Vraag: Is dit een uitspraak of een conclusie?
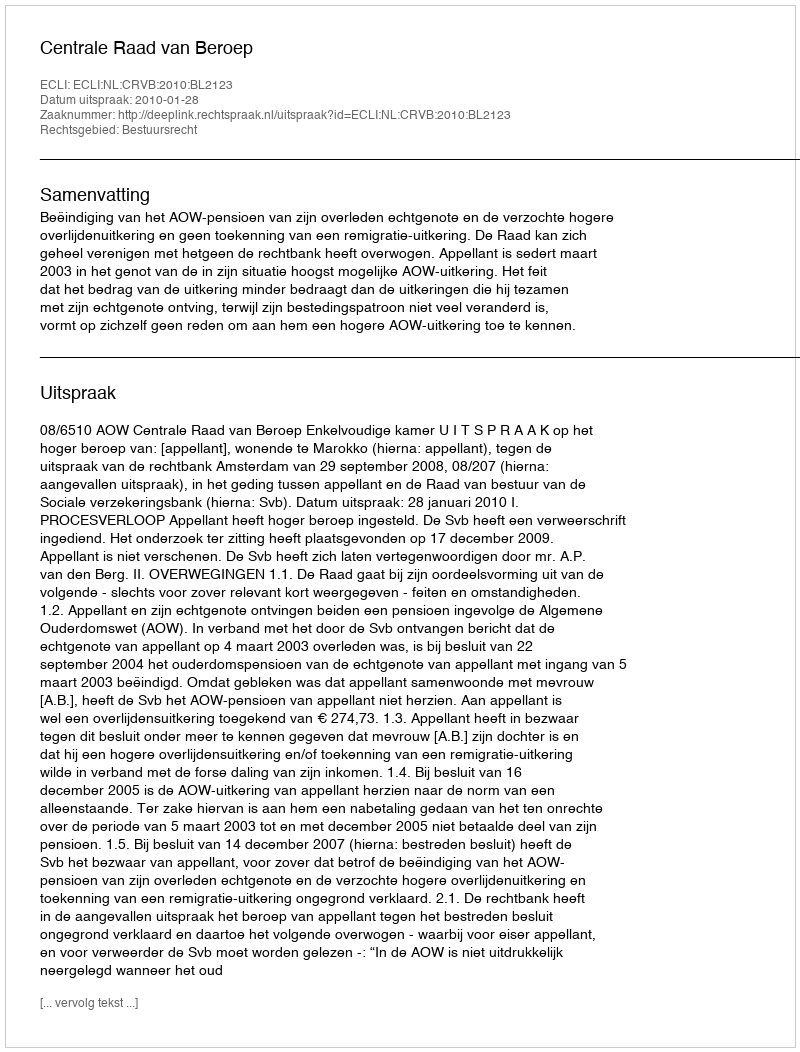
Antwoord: Uitspraak